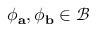
\phi _ { \mathbf { a } } , \phi _ { \mathbf { b } } \in \mathcal { B }